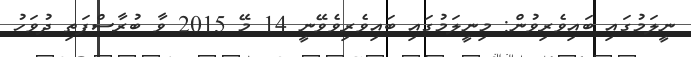
ނީލަމުގައި ބައިވެރިވުން: މިނީލަމުގައި ބައިވެރިވެވޭނީ 14 މޭ 2015 ވާ ބުރާސްފަތި ދުވަހު